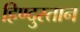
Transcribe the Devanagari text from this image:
हिण्दुस्तान